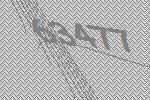
63477